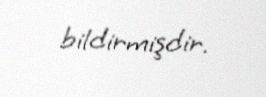
bildirmişdir.